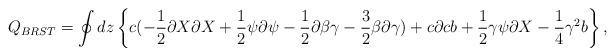
LaTeX: \begin{align*}Q_{BRST}=\oint dz \left\{c( -{1\over 2} \partial X\partial X +{1\over 2}\psi\partial \psi -{1\over 2} \partial \beta \gamma -{3\over 2} \beta \partial\gamma)+c\partial c b+ {1\over 2} \gamma \psi\partial X -{1\over 4} \gamma^2b\right\},\end{align*}